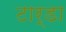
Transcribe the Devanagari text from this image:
टार्डा